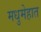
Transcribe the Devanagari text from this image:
मधुमेहात